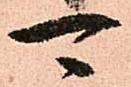
可